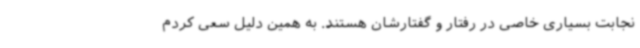
نجابت بسیاری خاصی در رفتار و گفتارشان هستند. به همین دلیل سعی کردم